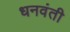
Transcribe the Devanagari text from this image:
धनवंती